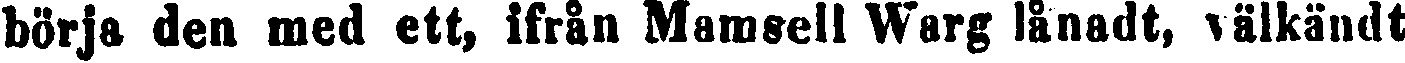
börja den med ett, ifrån Mamsell Warg lånadt, välkändt